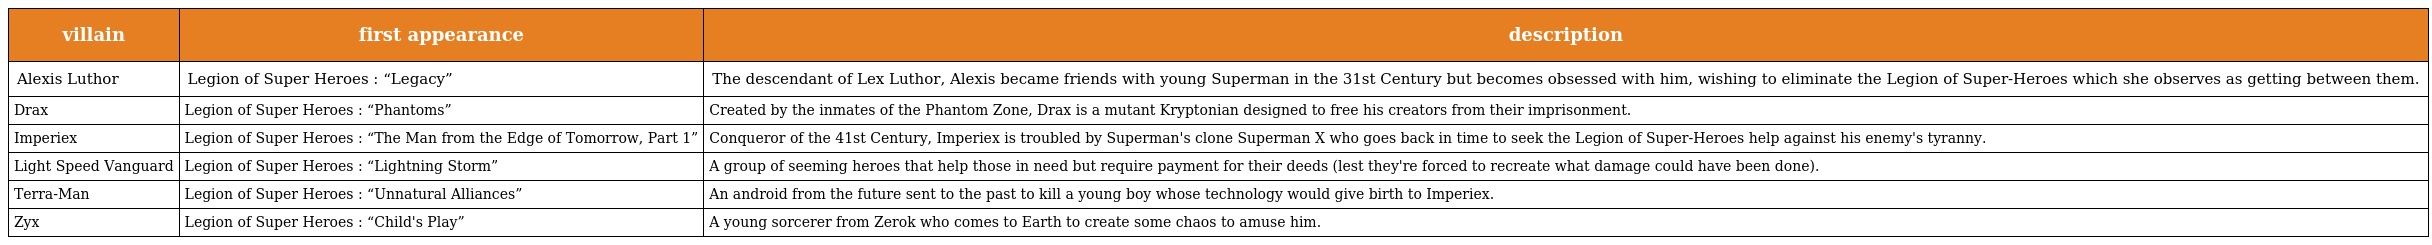
| villain | first appearance | description |
 | --- | --- | --- |
 | Alexis Luthor | Legion of Super Heroes : “Legacy” | The descendant of Lex Luthor, Alexis became friends with young Superman in the 31st Century but becomes obsessed with him, wishing to eliminate the Legion of Super-Heroes which she observes as getting between them. |
 | Drax | Legion of Super Heroes : “Phantoms” | Created by the inmates of the Phantom Zone, Drax is a mutant Kryptonian designed to free his creators from their imprisonment. |
 | Imperiex | Legion of Super Heroes : “The Man from the Edge of Tomorrow, Part 1” | Conqueror of the 41st Century, Imperiex is troubled by Superman's clone Superman X who goes back in time to seek the Legion of Super-Heroes help against his enemy's tyranny. |
 | Light Speed Vanguard | Legion of Super Heroes : “Lightning Storm” | A group of seeming heroes that help those in need but require payment for their deeds (lest they're forced to recreate what damage could have been done). |
 | Terra-Man | Legion of Super Heroes : “Unnatural Alliances” | An android from the future sent to the past to kill a young boy whose technology would give birth to Imperiex. |
 | Zyx | Legion of Super Heroes : “Child's Play” | A young sorcerer from Zerok who comes to Earth to create some chaos to amuse him. |